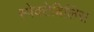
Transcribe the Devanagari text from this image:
स्पेक्टेबिलिस